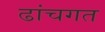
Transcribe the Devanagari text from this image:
ढांचगत